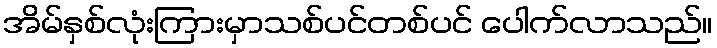
အိမ်နှစ်လုံးကြားမှာသစ်ပင်တစ်ပင် ပေါက်လာသည်။